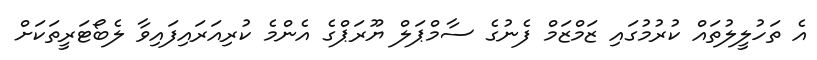
އެ ތަހުލީލުތައް ކުރުމުގައި ޒަމްޒަމް ފެނުގެ ސާމްޕަލް ޔޫރަޕްގެ އެންމެ ކުރިއަރައިފައިވާ ލެބޯޓަރީތަކަށް